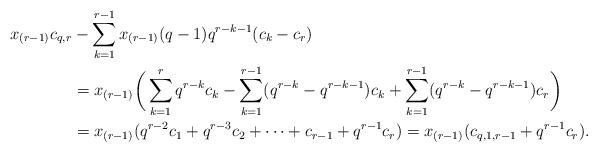
LaTeX: \begin{align*}x_{(r-1)}c_{q,r}&-\sum^{r-1}_{k=1}x_{(r-1)}(q-1)q^{r-k-1}(c_k-c_r)\\&=x_{(r-1)}\bigg(\sum^r_{k=1}q^{r-k}c_k-\sum^{r-1}_{k=1}(q^{r-k}-q^{r-k-1})c_k+\sum^{r-1}_{k=1}(q^{r-k}-q^{r-k-1})c_r\bigg)\\&=x_{(r-1)}(q^{r-2}c_1+q^{r-3}c_2+\cdots+c_{r-1}+q^{r-1}c_r)=x_{(r-1)}(c_{q,1,r-1}+q^{r-1}c_r).\end{align*}